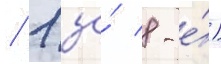
/ 1 за́ 8-е́)